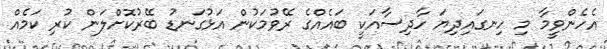
އެހެންވީމާ މި ހިނގައިދިޔަ ހާދިސާއަކީ ބައެއްގެ ރޭވުމަކުން އަޅުގަނޑު ބޭރުކޮށްލަން ކުރި ކަމެއް